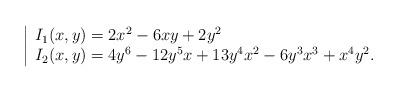
LaTeX: \begin{align*}\left| \begin{array}{l} I_1(x,y)= 2x^2 - 6xy +2y^2\\ I_2(x,y)= 4y^6 - 12 y^5 x + 13 y^4x^2 - 6 y^3x^3 + x^4y^2. \end{array}\right. \end{align*}